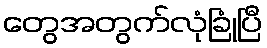
တွေအတွက်လုံခြုံပြီ